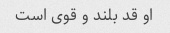
او قد بلند و قوی است